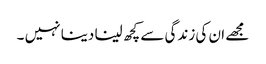
مجھے ان کی زندگی سے کچھ لینا دینا نہیں ۔